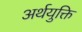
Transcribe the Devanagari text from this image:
अर्थयुक्ति